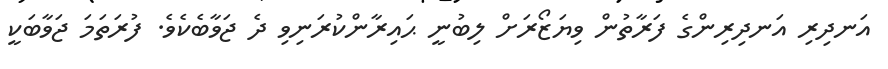
އަނދިރި އަނދިރިންގެ ފަރާތުން ވިޔަޒޯރަށް ލިބުނީ ޙައިރާންކުރަނިވި ދެ ޖަވާބެކެވެ. ފުރަތަމަ ޖަވާބަކީ